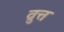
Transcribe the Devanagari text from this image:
व्रुत्त